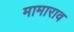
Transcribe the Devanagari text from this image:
मामाराव